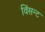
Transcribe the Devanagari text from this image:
विंसन्ट